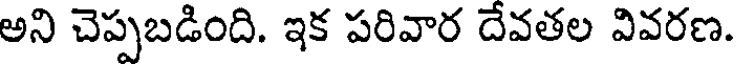
అని చెప్పబడింది. ఇక పరివార దేవతల వివరణ.